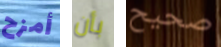
أمزح بأن صحيح